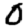
Digit: 0